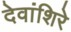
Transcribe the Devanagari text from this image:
देवांशिरे